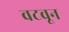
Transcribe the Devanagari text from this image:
वटवून